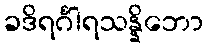
ခဒိရင်္ဂါရသန္နိဘော